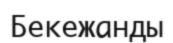
Бекежанды